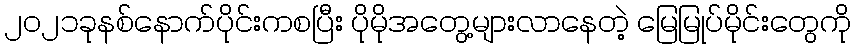
၂၀၂၁ခုနစ်နောက်ပိုင်းကစပြီး ပိုမိုအတွေ့များလာနေတဲ့ မြေမြုပ်မိုင်းတွေကို